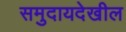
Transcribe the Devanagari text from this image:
समुदायदेखील